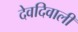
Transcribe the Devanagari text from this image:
देवदिवाली